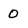
Character: 0